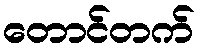
တောင်တက်